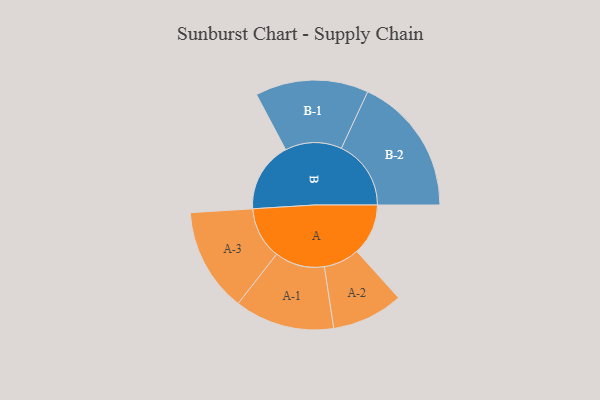
{"axis": {"x": "Segment", "y": "Value"}, "legend": ["", "A", "B"], "data": [{"x": "A", "y": 177, "type": ""}, {"x": "B", "y": 242, "type": ""}, {"x": "A-1", "y": 172, "type": "A"}, {"x": "A-2", "y": 123, "type": "A"}, {"x": "A-3", "y": 179, "type": "A"}, {"x": "B-1", "y": 195, "type": "B"}, {"x": "B-2", "y": 240, "type": "B"}]}